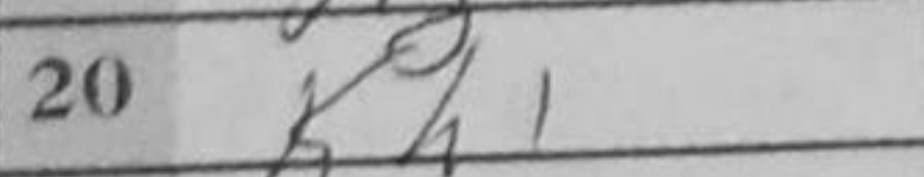
Transcription: Kh1